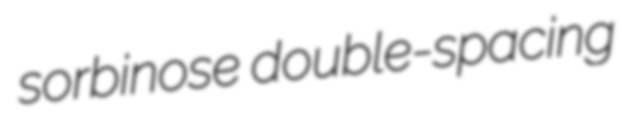
sorbinose double-spacing